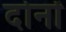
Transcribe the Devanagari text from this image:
दोनों